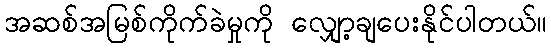
အဆစ်အမြစ်ကိုက်ခဲမှုကို လျှော့ချပေးနိုင်ပါတယ်။